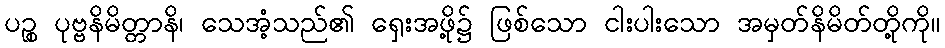
ပဉ္စ ပုဗ္ဗနိမိတ္တာနိ၊ သေအံ့သည်၏ ရှေးအဖို့၌ ဖြစ်သော ငါးပါးသော အမှတ်နိမိတ်တို့ကို။